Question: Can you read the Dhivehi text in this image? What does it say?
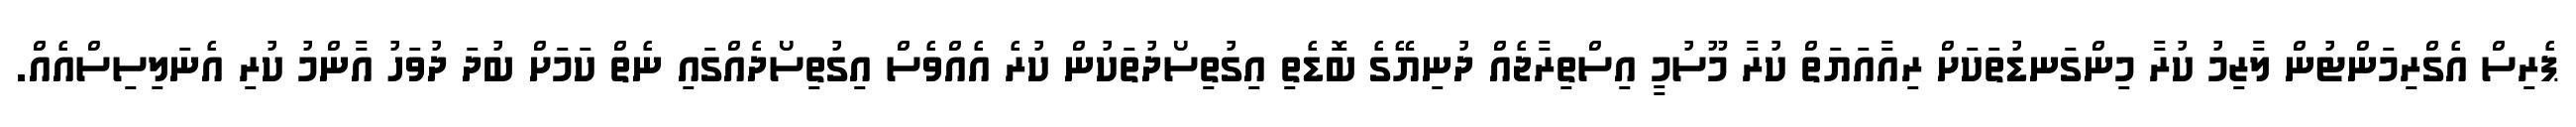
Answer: ޕެރިސް އެގްރިމަންޓުން ލާޒިމު ކުރާ މިންގަނޑުތަކަށް ރިއާއަޔަތް ކުރާ މޫސުމީ އިސްތިރާޖެއް ދުނިޔޭގެ ބޮޑެތި އިގުތިސޯދުތަކުން ކުރެ އެއްވެސް އިގުތިސޯދެއްގައި ނެތް ކަމަށް ބުދަ ދުވަހު އާންމު ކުރި އެނަލިސިސްއެއް.